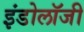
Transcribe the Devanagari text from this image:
इंडोलॉजी